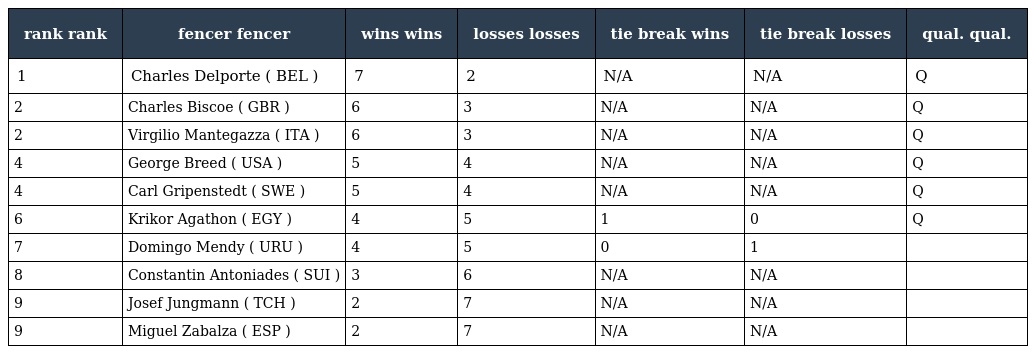
| rank rank | fencer fencer | wins wins | losses losses | tie break wins | tie break losses | qual. qual. |
 | --- | --- | --- | --- | --- | --- | --- |
 | 1 | Charles Delporte ( BEL ) | 7 | 2 | N/A | N/A | Q |
 | 2 | Charles Biscoe ( GBR ) | 6 | 3 | N/A | N/A | Q |
 | 2 | Virgilio Mantegazza ( ITA ) | 6 | 3 | N/A | N/A | Q |
 | 4 | George Breed ( USA ) | 5 | 4 | N/A | N/A | Q |
 | 4 | Carl Gripenstedt ( SWE ) | 5 | 4 | N/A | N/A | Q |
 | 6 | Krikor Agathon ( EGY ) | 4 | 5 | 1 | 0 | Q |
 | 7 | Domingo Mendy ( URU ) | 4 | 5 | 0 | 1 |  |
 | 8 | Constantin Antoniades ( SUI ) | 3 | 6 | N/A | N/A |  |
 | 9 | Josef Jungmann ( TCH ) | 2 | 7 | N/A | N/A |  |
 | 9 | Miguel Zabalza ( ESP ) | 2 | 7 | N/A | N/A |  |